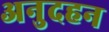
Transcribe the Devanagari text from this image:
अनुदहन